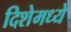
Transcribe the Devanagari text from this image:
दिशेमध्ये